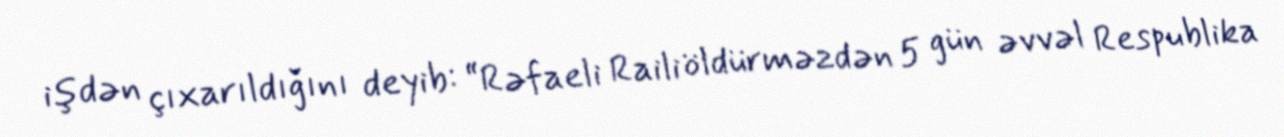
işdən çıxarıldığını deyib: “Rəfaeli Raili öldürməzdən 5 gün əvvəl Respublika